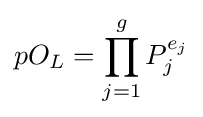
pO_{L}=\prod _{j=1}^{g}P_{j}^{e_{j}}